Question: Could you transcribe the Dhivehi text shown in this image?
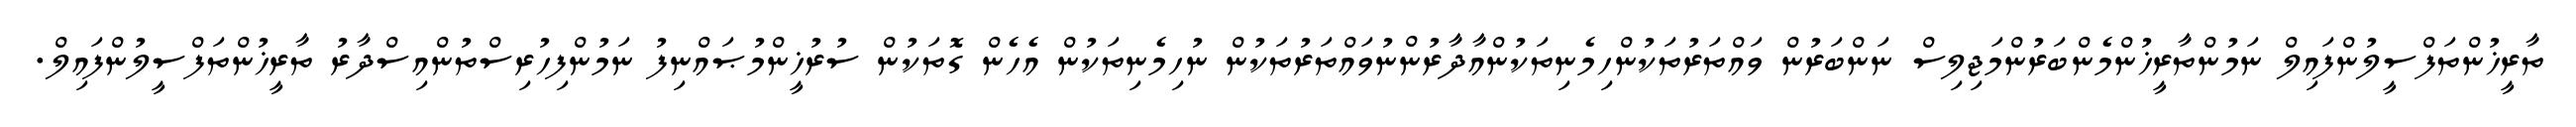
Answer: ތާރީޚުންތަފްސީލުންފައިލް ނަމުންތާރީޚުންމެންބަރުންމަޖިލިސް ނަންބަރުން ވައްތަރުތަކުންހިމެނިތަކުންއާދާރުންނުވައްތަރުތަކުން ނުހިމެނިތަކުން އެހެން ގޮތަކުން ސުރުޚީންމުޞައްނިފު ނަމުންފިހުރިސްތުންއިސްދާރު ތާރީޚުންތަފްސީލުންފައިލް.